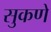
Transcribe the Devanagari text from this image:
सुकणे